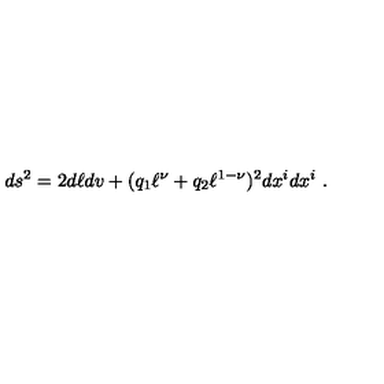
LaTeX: d s ^ { 2 } = 2 d \ell d v + ( q _ { 1 } \ell ^ { \nu } + q _ { 2 } \ell ^ { 1 - \nu } ) ^ { 2 } d x ^ { i } d x ^ { i } \ .